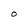
Character: O